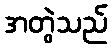
အတွဲသည်